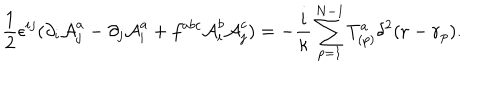
\frac { 1 } { 2 } \epsilon ^ { i j } ( \partial _ { i } { \cal A } _ { j } ^ { a } - \partial _ { j } { \cal A } _ { i } ^ { a } + f ^ { a b c } { \cal A } _ { i } ^ { b } { \cal A } _ { j } ^ { c } ) = - \frac { i } { \kappa } \sum _ { p = 1 } ^ { N - 1 } T _ { ( p ) } ^ { a } \delta ^ { 2 } ( { \bf r } - { \bf r } _ { p } ) .